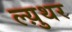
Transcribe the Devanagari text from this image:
ल्य़ुथर